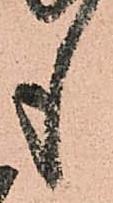
も